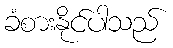
ခံစားနိုင်ပါသည်